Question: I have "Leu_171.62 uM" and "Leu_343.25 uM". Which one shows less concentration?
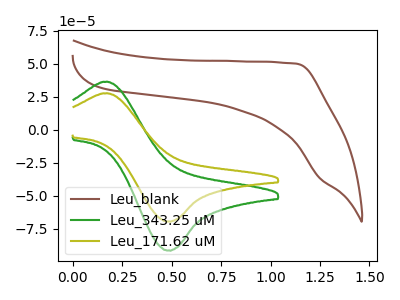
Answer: <think>The brown curve "Leu_blank" has no peaks. The green curve "Leu_343.25 uM" has an anodic peak at (0.15V, 36.30uA) and a cathodic peak at (0.50V, -91.25uA). The olive curve "Leu_171.62 uM" has an anodic peak at (0.15V, 27.60uA) and a cathodic peak at (0.50V, -69.30uA).
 All the peaks in "Leu_171.62 uM" have a peak in "Leu_343.25 uM" at the same potential. Every peak in "Leu_171.62 uM" is lower than every peak in "Leu_343.25 uM".</think>
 <answer>"Leu_171.62 uM" has less signal than "Leu_343.25 uM" and so likely has a lower concentration.</answer>
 <eval>less_concentration</eval>